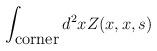
LaTeX: \begin{align*}\int_{\hbox{corner}} d^2 x Z(x,x,s)\end{align*}